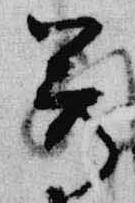
尊